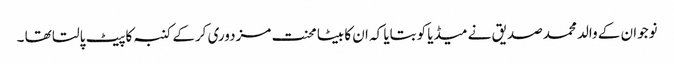
نوجوان کے والد محمدصدیق نے میڈیا کوبتایا کہ ان کا بیٹا محنت مزدوری کرکے کنبہ کاپیٹ پالتا تھا ۔